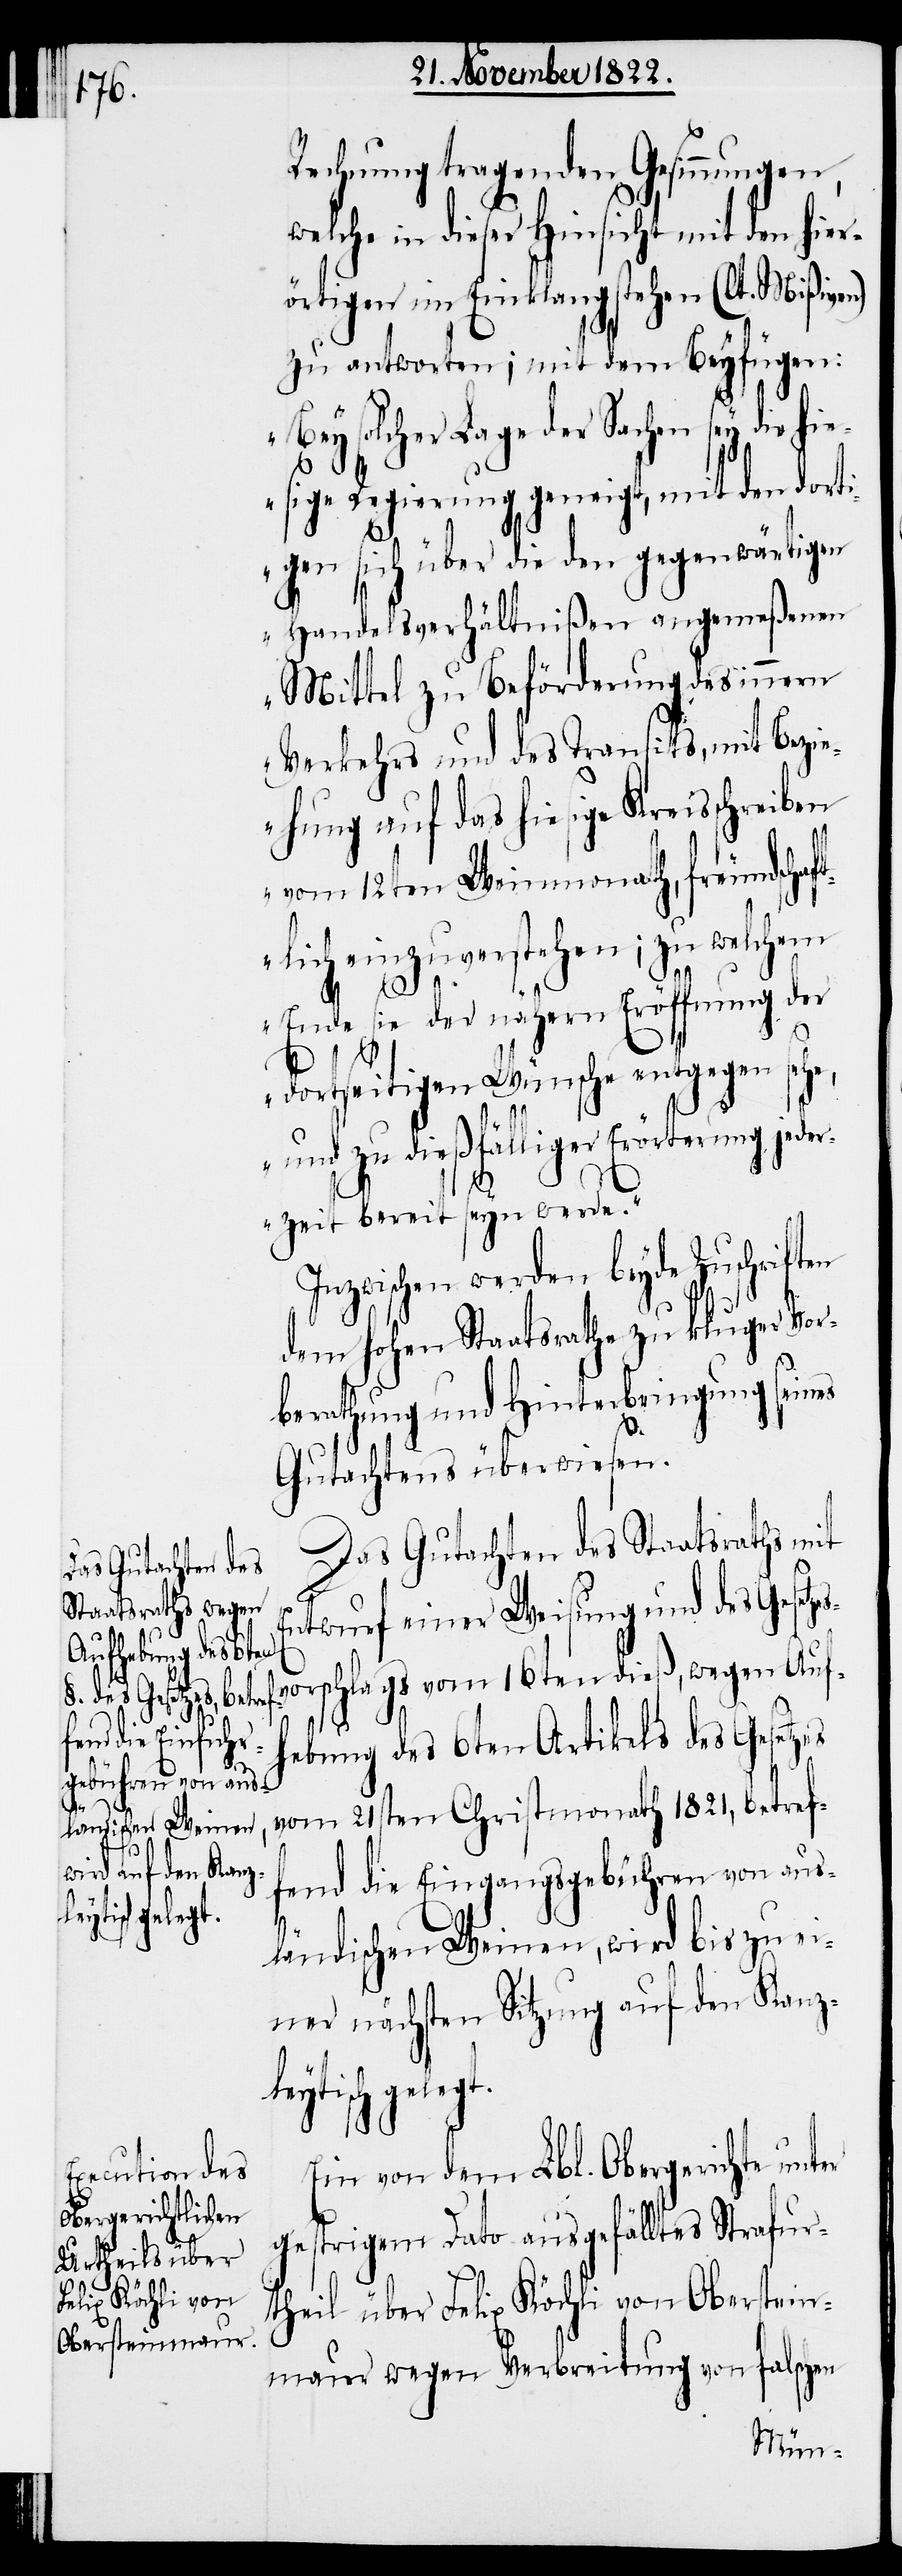
elegt.

Rechnung tragenden Gesinnungen,
welche in dieser Hinsicht mit den hier¬
örtigen im Einklang stehen (lt. Mißiven)
zu antworten; mit dem Beyfügen:
„Bey solcher Lage der Sachen sey die hi¬
esige Regierung geneigt, mit den dorti¬
gen sich über die den gegenwärtigen
Handelsverhältnißen angemeßenen
Mittel zu Beförderung des innern
Verkehrs und des Transits, mit Bezi¬
ehung auf das hiesige Kreisschreiben
vom 12ten Weinmonath, freundscha¬
ftlich einzuverstehen; zu welchem
Ende sie der nähern Eröffnung der
dortseitigen Wünsche entgegen sehe,
und zu dießfälliger Erörterung je¬
derzeit bereit seyn werde.“
beyde Zuschriften
dem hohen Staatsrathe zu kluger Vor¬
berathung und Hinterbringung seines
Gutachtens überwiesen.
Das Gutachten des Staatsraths mit
Entwurf einer Weisung und des Gesetz¬
vorschlags vom 16ten dieß, wegen Auf¬
hebung des 6ten Artikels des Gesetzes
vom 21sten Christmonath 1821, betref¬
fend die Eingangsgebühren von aus¬
ländischen Weinen, wird bis zu ei¬
ner nächsten Sitzung auf den Kanz¬
leytisch g¬
Ein von dem Lbl. Obergerichte unter
gestrigem Dato ausgefälltes Strafur¬
theil über Felix Köchli von Oberstein¬
maur wegen Verbreitung von falschen